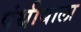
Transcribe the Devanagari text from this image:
पंथीयाला